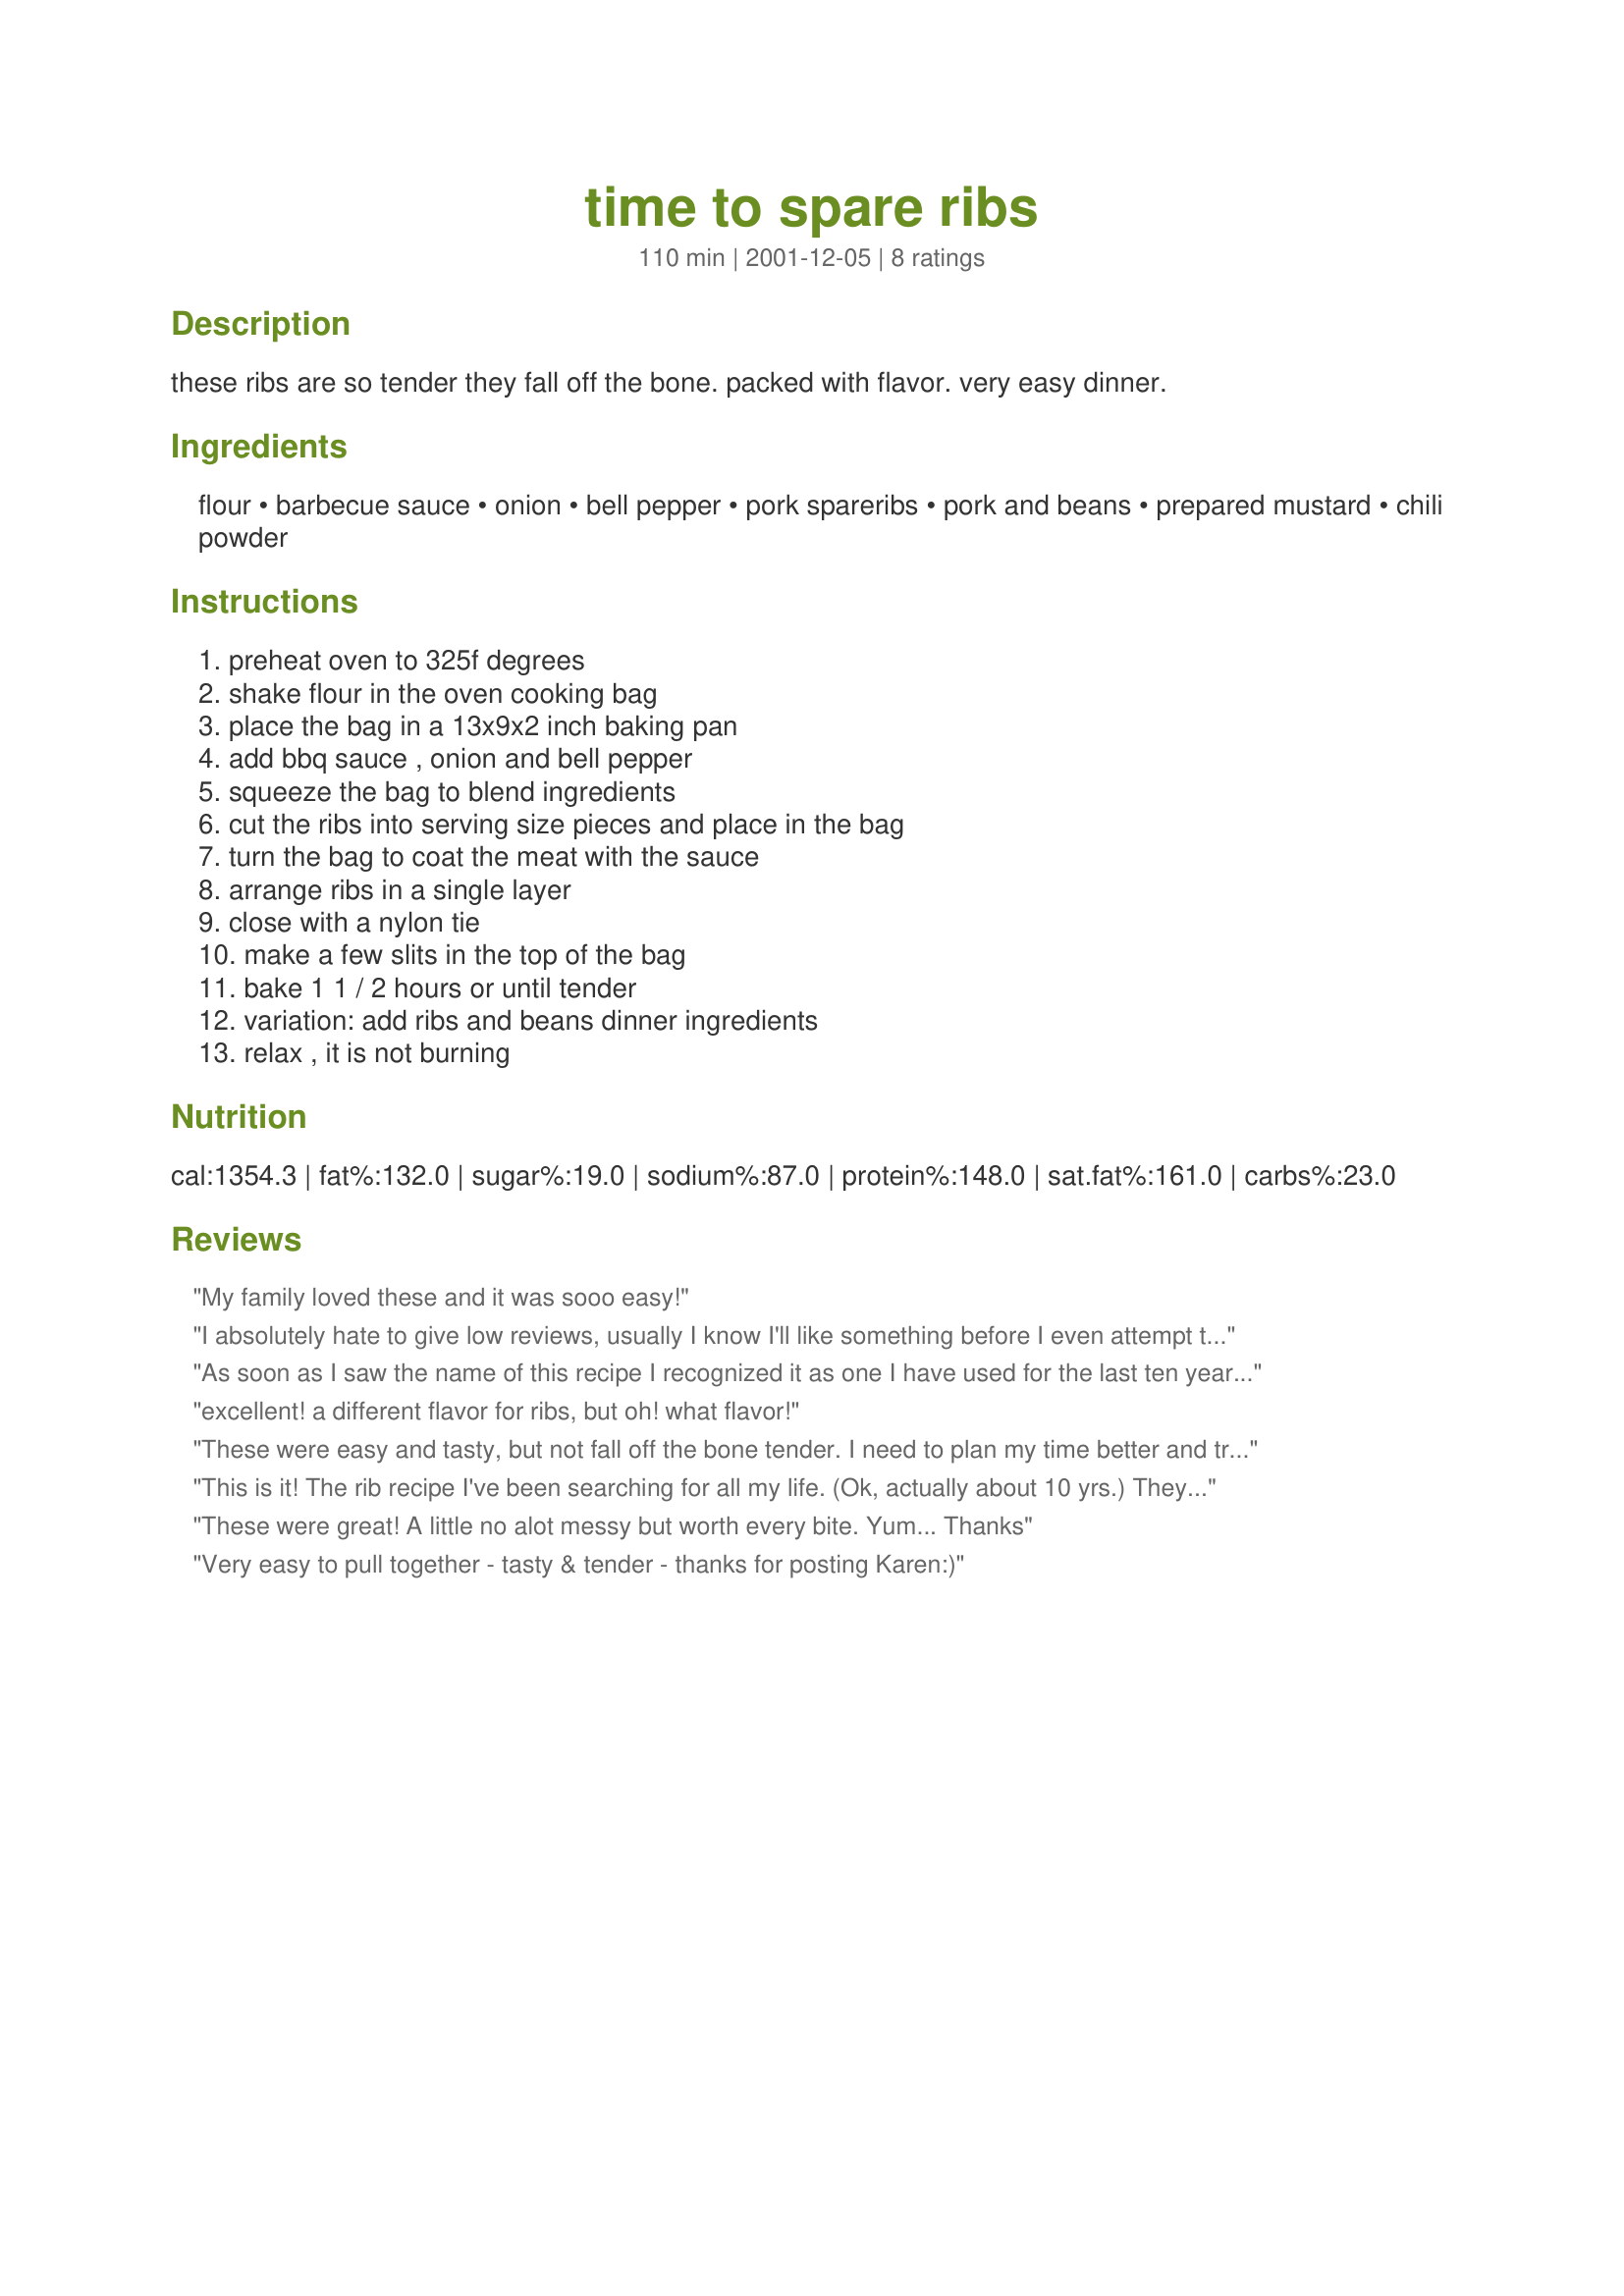
time to spare ribs
Preparation time: 110 minutes

these ribs are so tender they fall off the bone. packed with flavor. very easy dinner.

Ingredients:
flour, barbecue sauce, onion, bell pepper, pork spareribs, pork and beans, prepared mustard, chili powder

Steps:
preheat oven to 325f degrees, shake flour in the oven cooking bag, place the bag in a 13x9x2 inch baking pan, add bbq sauce , onion and bell pepper, squeeze the bag to blend ingredients, cut the ribs into serving size pieces and place in the bag, turn the bag to coat the meat with the sauce, arrange ribs in a single layer, close with a nylon tie, make a few slits in the top of the bag, bake 1 1 / 2 hours or until tender, variation: add ribs and beans dinner ingredients, relax , it is not burning

Reviews:
My family loved these and it was sooo easy!
I absolutely hate to give low reviews, usually I know I'll like something before I even attempt to make it. I thought this sounded great and it got wonderful reviews, but for me they turned out bland and tough. I used 3.5 lbs pork spareribs, trimmed of most fat, and Bullseye BBQ sauce. I don't know if it was the recipe or some unforeseeable occurrence I don't know about, but they had very little flavor and tasted more boiled than baked. I think there was just too much moisture in the bag even with cutting the slits on top.
As soon as I saw the name of this recipe I recognized it as one I have used for the last ten years. I originally got it from a magazine add for Reynolds cooking bags. I have had this tattered magazine page for years. Now I can replace it with a printable version. Thanks. Jessie.
excellent! a different flavor for ribs, but oh! what flavor!
These were easy and tasty, but not fall off the bone tender. I need to plan my time better and try the 4 hours at 200 method. I used Sweet Baby Ray&#039;s BBQ sauce and Bush&#039;s homestyle beans. No mustard and no peppers.
This is it! The rib recipe I've been searching for all my life. (Ok, actually about 10 yrs.) They were SO tasty and SO tender and SO easy! No pre-boiling or messy clean-up. Thx!
These were great!
A little no alot messy but worth every bite.
Yum...
Thanks
Very easy to pull together - tasty & tender - thanks for posting Karen:)
